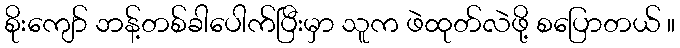
စိုးကျော် ဘန့်တစ်ခါပေါက်ပြီးမှာ သူက ဖဲထုတ်လဲဖို့ စပြောတယ် ။